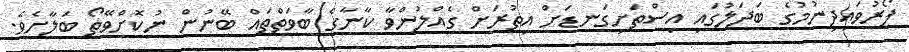
ފޯރުވައިދިނުމުގެ ބަދަލުގައި އިސްތަށިގަނޑަށް އިތުރަށް ގެއްލުންވާ ކާނާގެ ބާވަތްތައް ބޭނުން ނުކޮށްވޭތޯ ބަލާށެވެ.